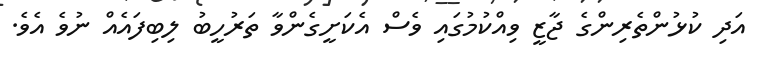
އަދި ކުޅުންތެރިންގެ ޖާޒީ ވިއްކުމުގައި ވެސް އެކަށީގެންވާ ތަރުހީބު ލިބިފައެއް ނުވެ އެވެ.